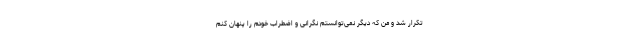
تکرار شد و من که دیگر نمی‌توانستم نگرانی و اضطراب خودم را پنهان کنم